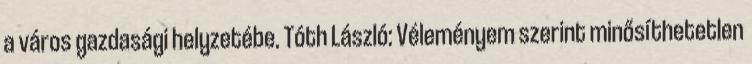
a város gazdasági helyzetébe. Tóth László: Véleményem szerint minősíthetetlen